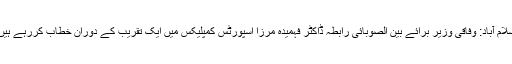
اسلام آباد: وفاقی وزیر برائے بین الصوبائی رابطہ ڈاکٹر فہمیدہ مرزا اسپورٹس کمپلیکس میں ایک تقریب کے دوران خطاب کررہے ہیں۔